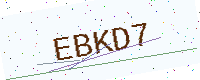
Text: EBKD7